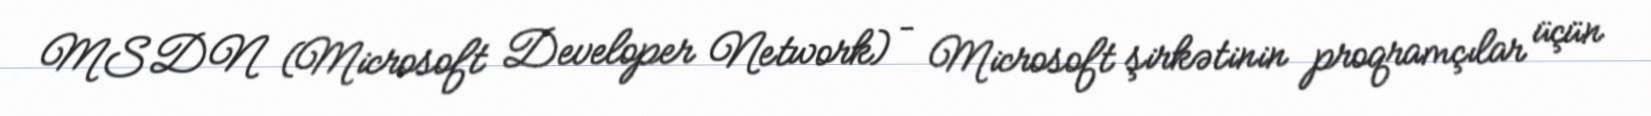
MSDN (Microsoft Developer Network) – Microsoft şirkətinin proqramçılar üçün